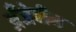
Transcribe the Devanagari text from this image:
अँजेवीन